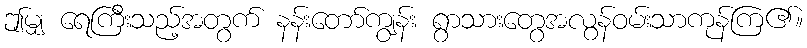
ဤမျှ ရေကြီးသည့်အတွက် နန်းတော်ကျွန်း ရွာသားတွေအလွန်ဝမ်းသာကုန်ကြ၏။